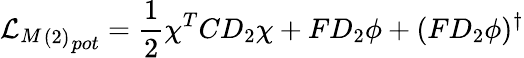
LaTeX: {{{\cal L}_{M}}_{(2)}}_{pot}=\frac{1}{2}\chi^{T}CD_{2}\chi+FD_{2}\phi+(FD_{2}\phi)^{\dagger}